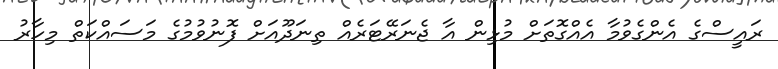
ރައީސްގެ އެންގެވުމާ އެއްގޮތަށް މުޅިން އާ ޖެނަރޭޓަރެއް ތިނަދޫއަށް ފޮނުވުމުގެ މަސައްކަތް މިހާރު